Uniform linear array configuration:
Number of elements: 4
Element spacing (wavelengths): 0.5
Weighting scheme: kaiser
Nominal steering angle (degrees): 45
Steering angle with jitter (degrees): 44.757
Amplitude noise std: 0.05
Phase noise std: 0.05

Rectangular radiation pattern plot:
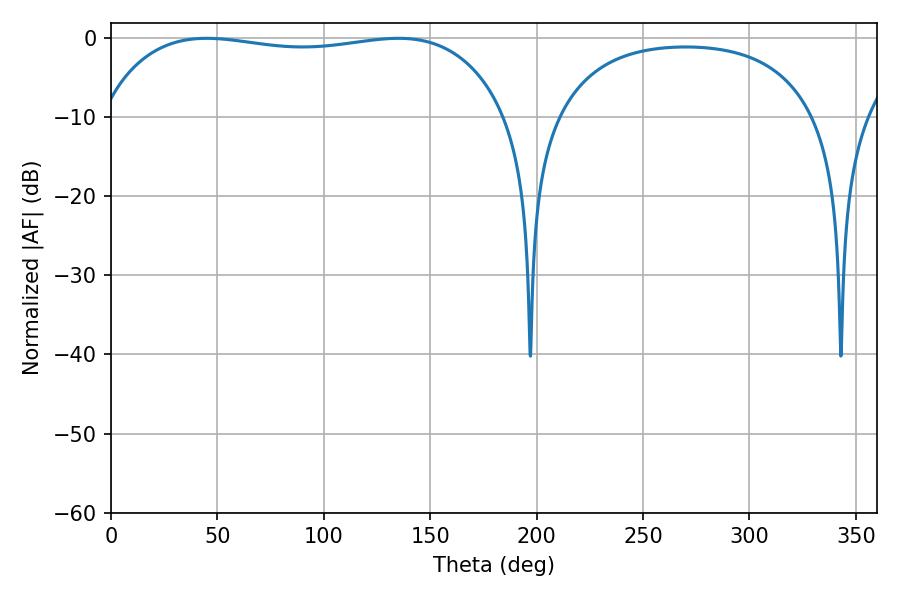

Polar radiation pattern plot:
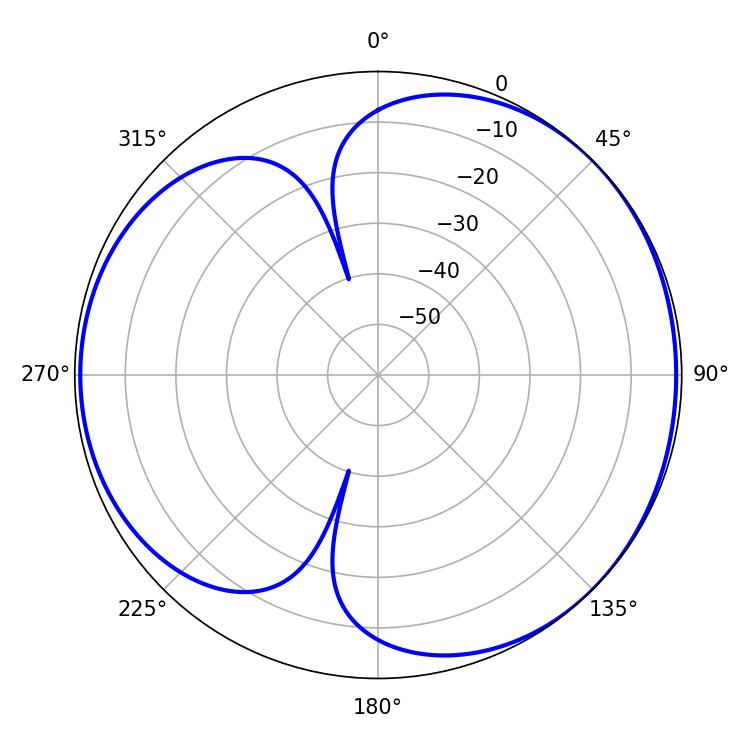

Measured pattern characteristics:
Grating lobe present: FALSE
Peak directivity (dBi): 4.339
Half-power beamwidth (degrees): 153
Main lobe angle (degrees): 45